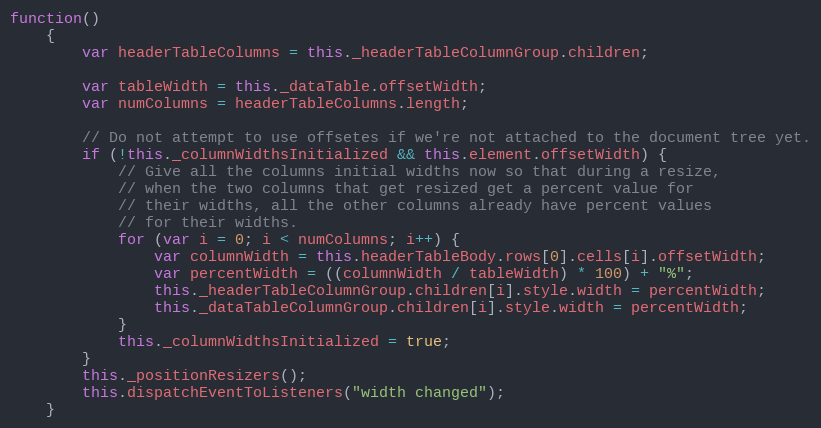
Language: JavaScript
function()
    {
        var headerTableColumns = this._headerTableColumnGroup.children;

        var tableWidth = this._dataTable.offsetWidth;
        var numColumns = headerTableColumns.length;

        // Do not attempt to use offsetes if we're not attached to the document tree yet.
        if (!this._columnWidthsInitialized && this.element.offsetWidth) {
            // Give all the columns initial widths now so that during a resize,
            // when the two columns that get resized get a percent value for
            // their widths, all the other columns already have percent values
            // for their widths.
            for (var i = 0; i < numColumns; i++) {
                var columnWidth = this.headerTableBody.rows[0].cells[i].offsetWidth;
                var percentWidth = ((columnWidth / tableWidth) * 100) + "%";
                this._headerTableColumnGroup.children[i].style.width = percentWidth;
                this._dataTableColumnGroup.children[i].style.width = percentWidth;
            }
            this._columnWidthsInitialized = true;
        }
        this._positionResizers();
        this.dispatchEventToListeners("width changed");
    }